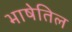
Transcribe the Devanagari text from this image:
भाषेतिल